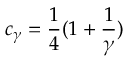
c _ { \gamma } = \frac { 1 } { 4 } ( 1 + \frac { 1 } { \gamma } )